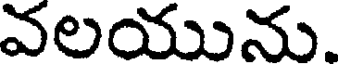
వలయును.